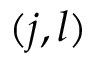
( j , l )